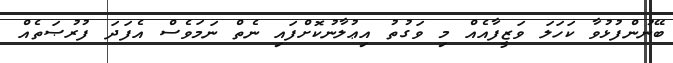
ބޭނުންފުޅުވާ ކަހަލަ ވަޒީފާއެއް މި ވަގުތު އިޢުލާނުކޮށްފައި ނެތް ނަމަވެސް އެފަދަ ފުރުޞަތެއް